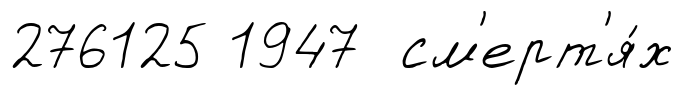
276125 1947 см'ерт'я́х